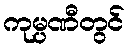
ကုမ္ပဏီတွင်